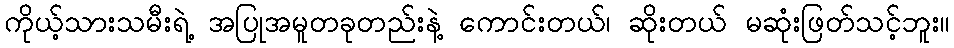
ကိုယ့်သားသမီးရဲ့ အပြုအမူတခုတည်းနဲ့ ကောင်းတယ်၊ ဆိုးတယ် မဆုံးဖြတ်သင့်ဘူး။